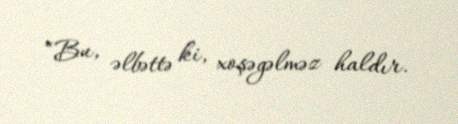
“Bu, əlbəttə ki, xoşəgəlməz haldır.